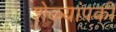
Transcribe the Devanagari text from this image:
शेळ्यांपकी